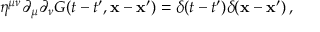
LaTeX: \eta ^ { \mu \nu } \partial _ { \mu } \partial _ { \nu } G ( t - t ^ { \prime } , { \bf x - x ^ { \prime } } ) = \delta ( t - t ^ { \prime } ) \delta ( { \bf x - x ^ { \prime } } ) \, ,